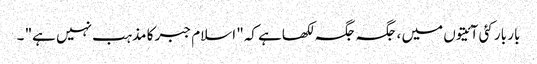
بار بار کئی آئیتوں میں ، جگہ جگہ لکھاہے کہ" اسلام جبر کا مذہب نہیں ہے" ۔